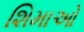
શિમાઓ